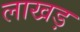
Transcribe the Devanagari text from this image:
लाखड़